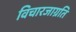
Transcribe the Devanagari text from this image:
विचारजाग्रति